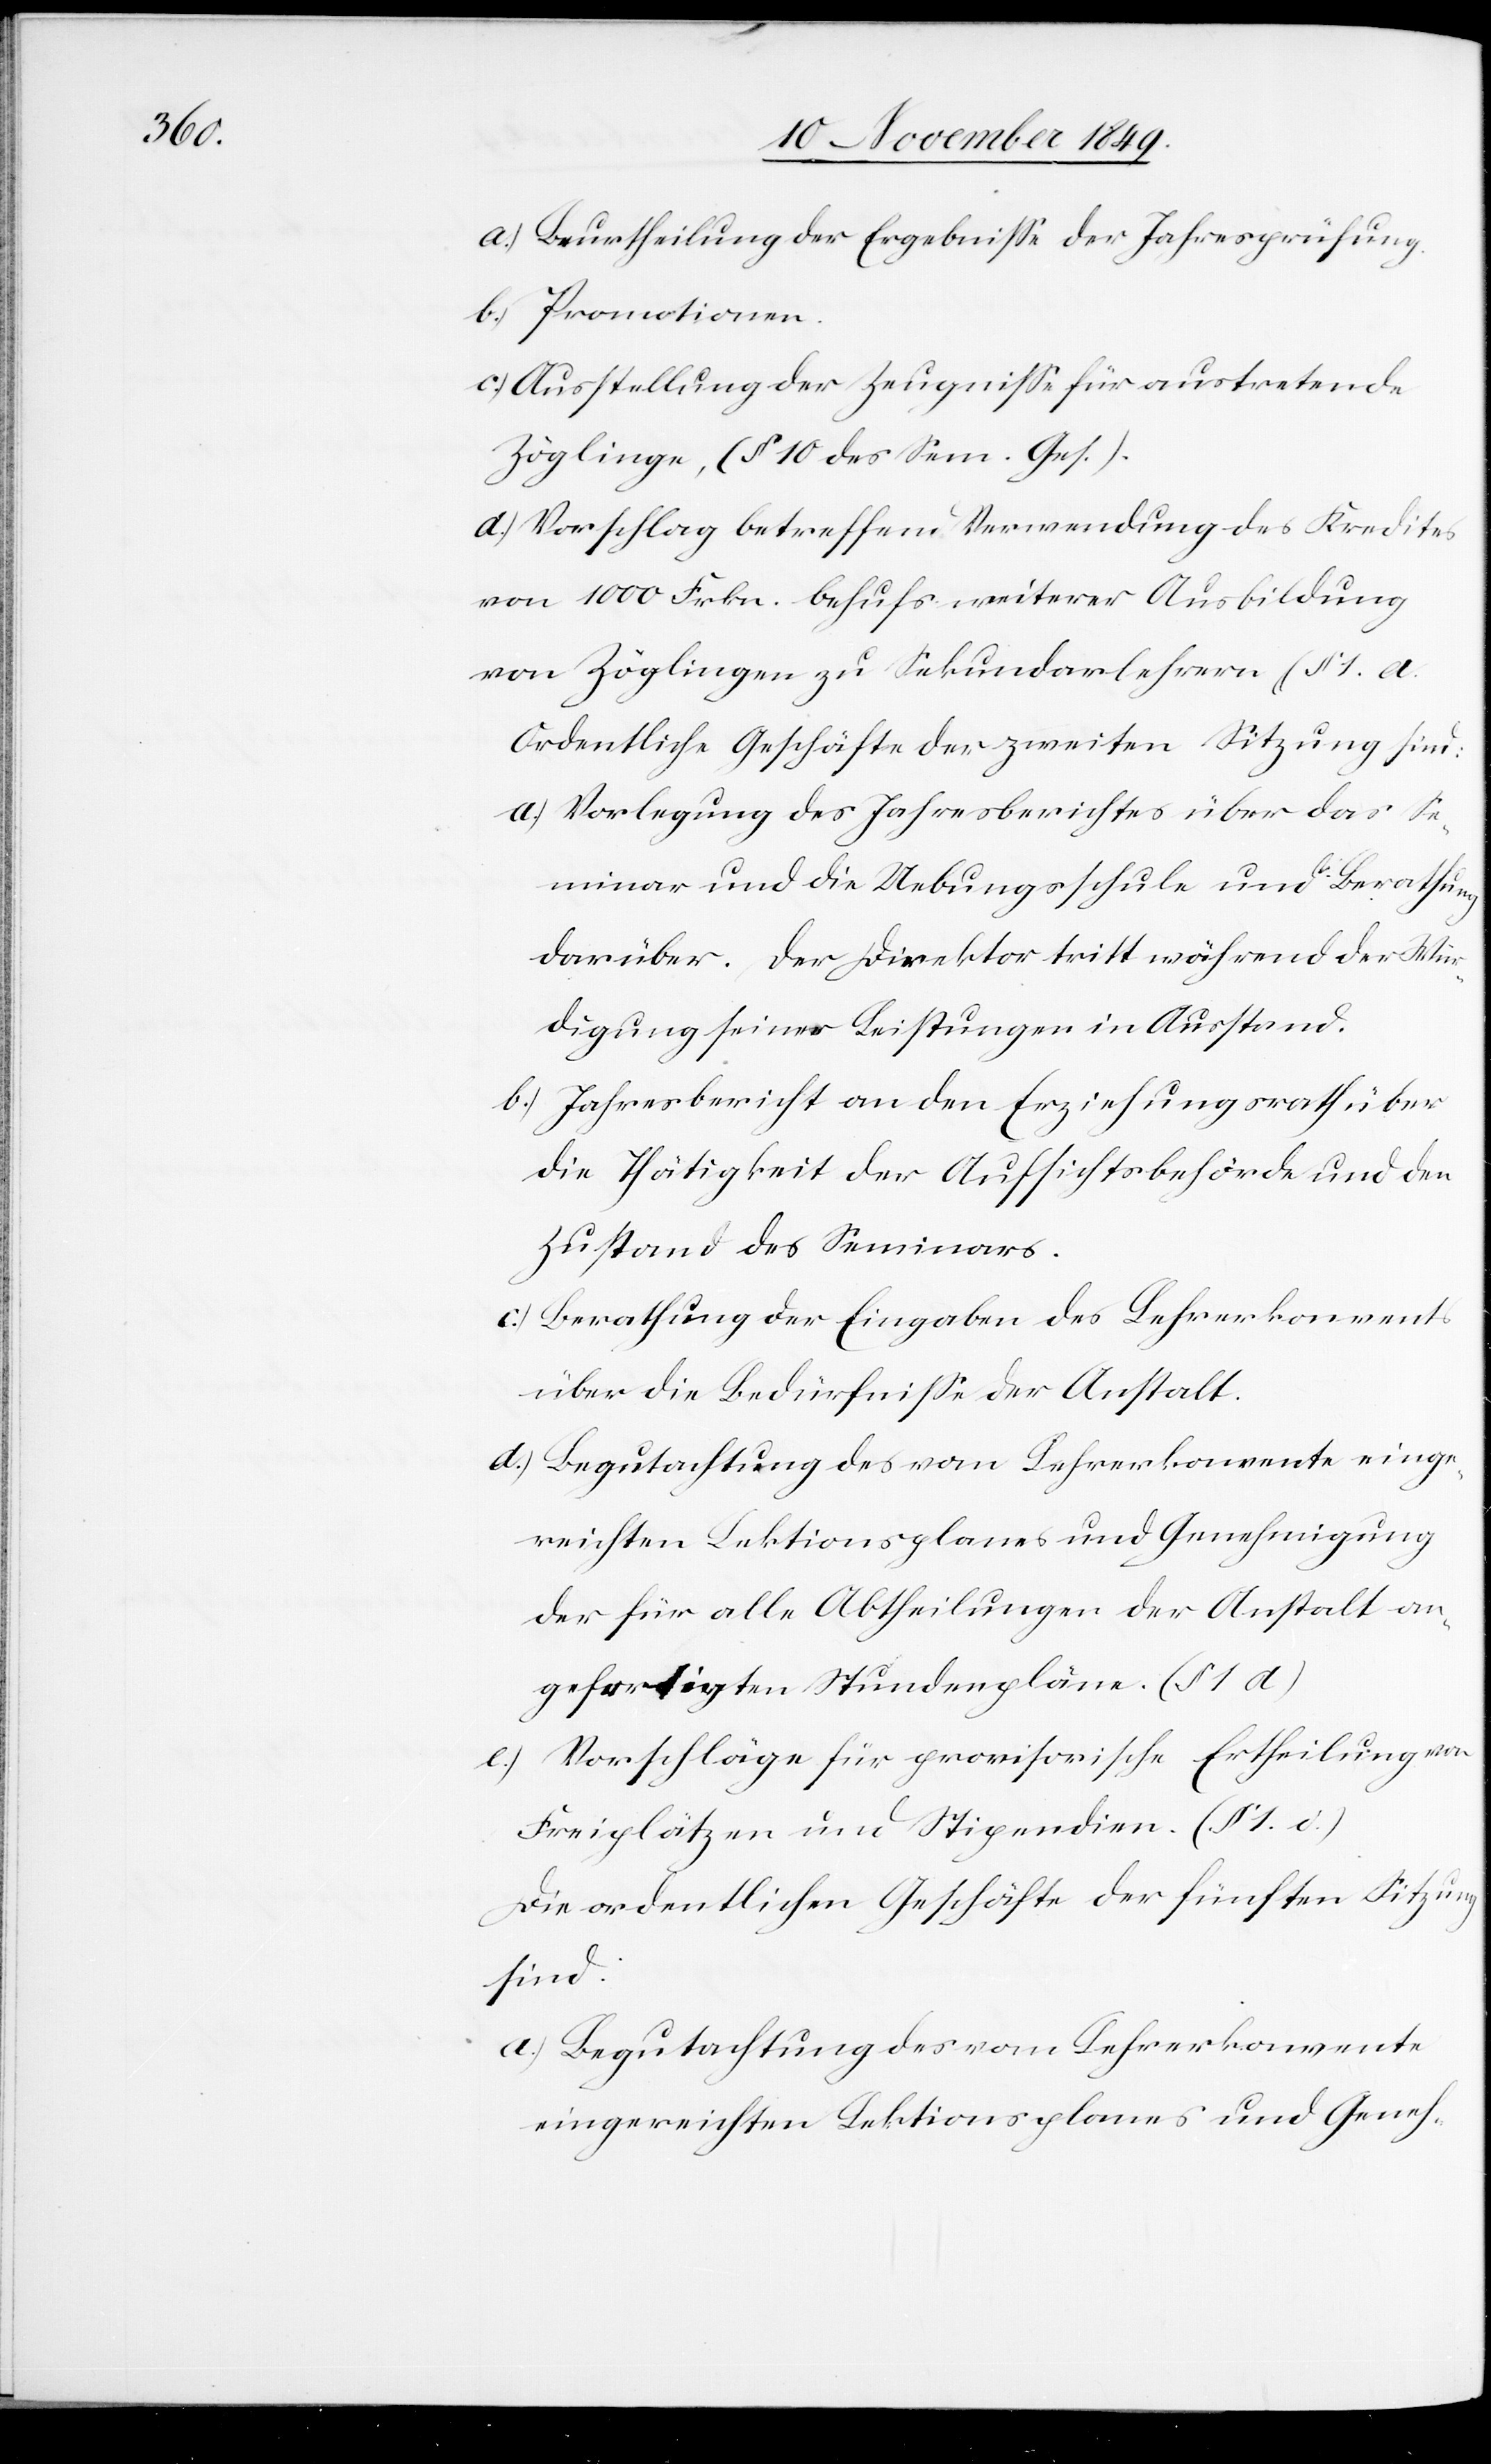
a.) Beurtheilung der Ergebniße der Jahresprüfung.
b.) Promotionen.
c.) Ausstellung der Zeugniße für austretende
Zöglinge, (§ 10 des Sem. Ges.)
d.) Vorschlag betreffend Verwendung des Kredites
von 1000 Frkn. behufs weiterer Ausbildung
von Zöglingen zu Sekundarlehrern (§ 1. A.
a.) Vorlegung des Jahresberichtes über das Se¬
minar und die Uebungsschule und Berathung
darüber. Der Direktor tritt während der Wür¬
digung seiner Leistungen in Ausstand.
b) Jahresbericht an den Erziehungsrath über
die Thätigkeit der Aufsichtsbehörde und den
Zustand des Seminars.
c) Berathung der Eingabe des Lehrerkonvents
über die Bedürfniße der Anstalt.
d.) Begutachtung des vom Lehrerkonvente einge¬
reichten Lektionsplanes und Genehmigung
der für alle Abtheilungen der Anstalt an¬
gefertigten Stundenpläne. (§ 1 d)
e) Vorschläge für provisorische Ertheilung von
Freiplätzen und Stipendien (§ 1. e.)
Die ordentlichen Geschäfte der fünften Sitzung
sind:
a) Begutachtung des vom Lehrerkonvente
eingereichten Lektionsplanes und Geneh-